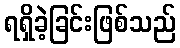
ရရှိခဲ့ခြင်းဖြစ်သည်